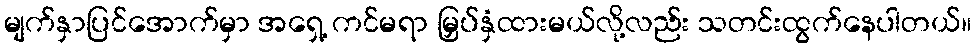
မျက်နှာပြင်အောက်မှာ အရှေ့ ကင်မရာ မြှပ်နှံထားမယ်လို့လည်း သတင်းထွက်နေပါတယ်။